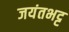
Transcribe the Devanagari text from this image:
जयंतभट्ट